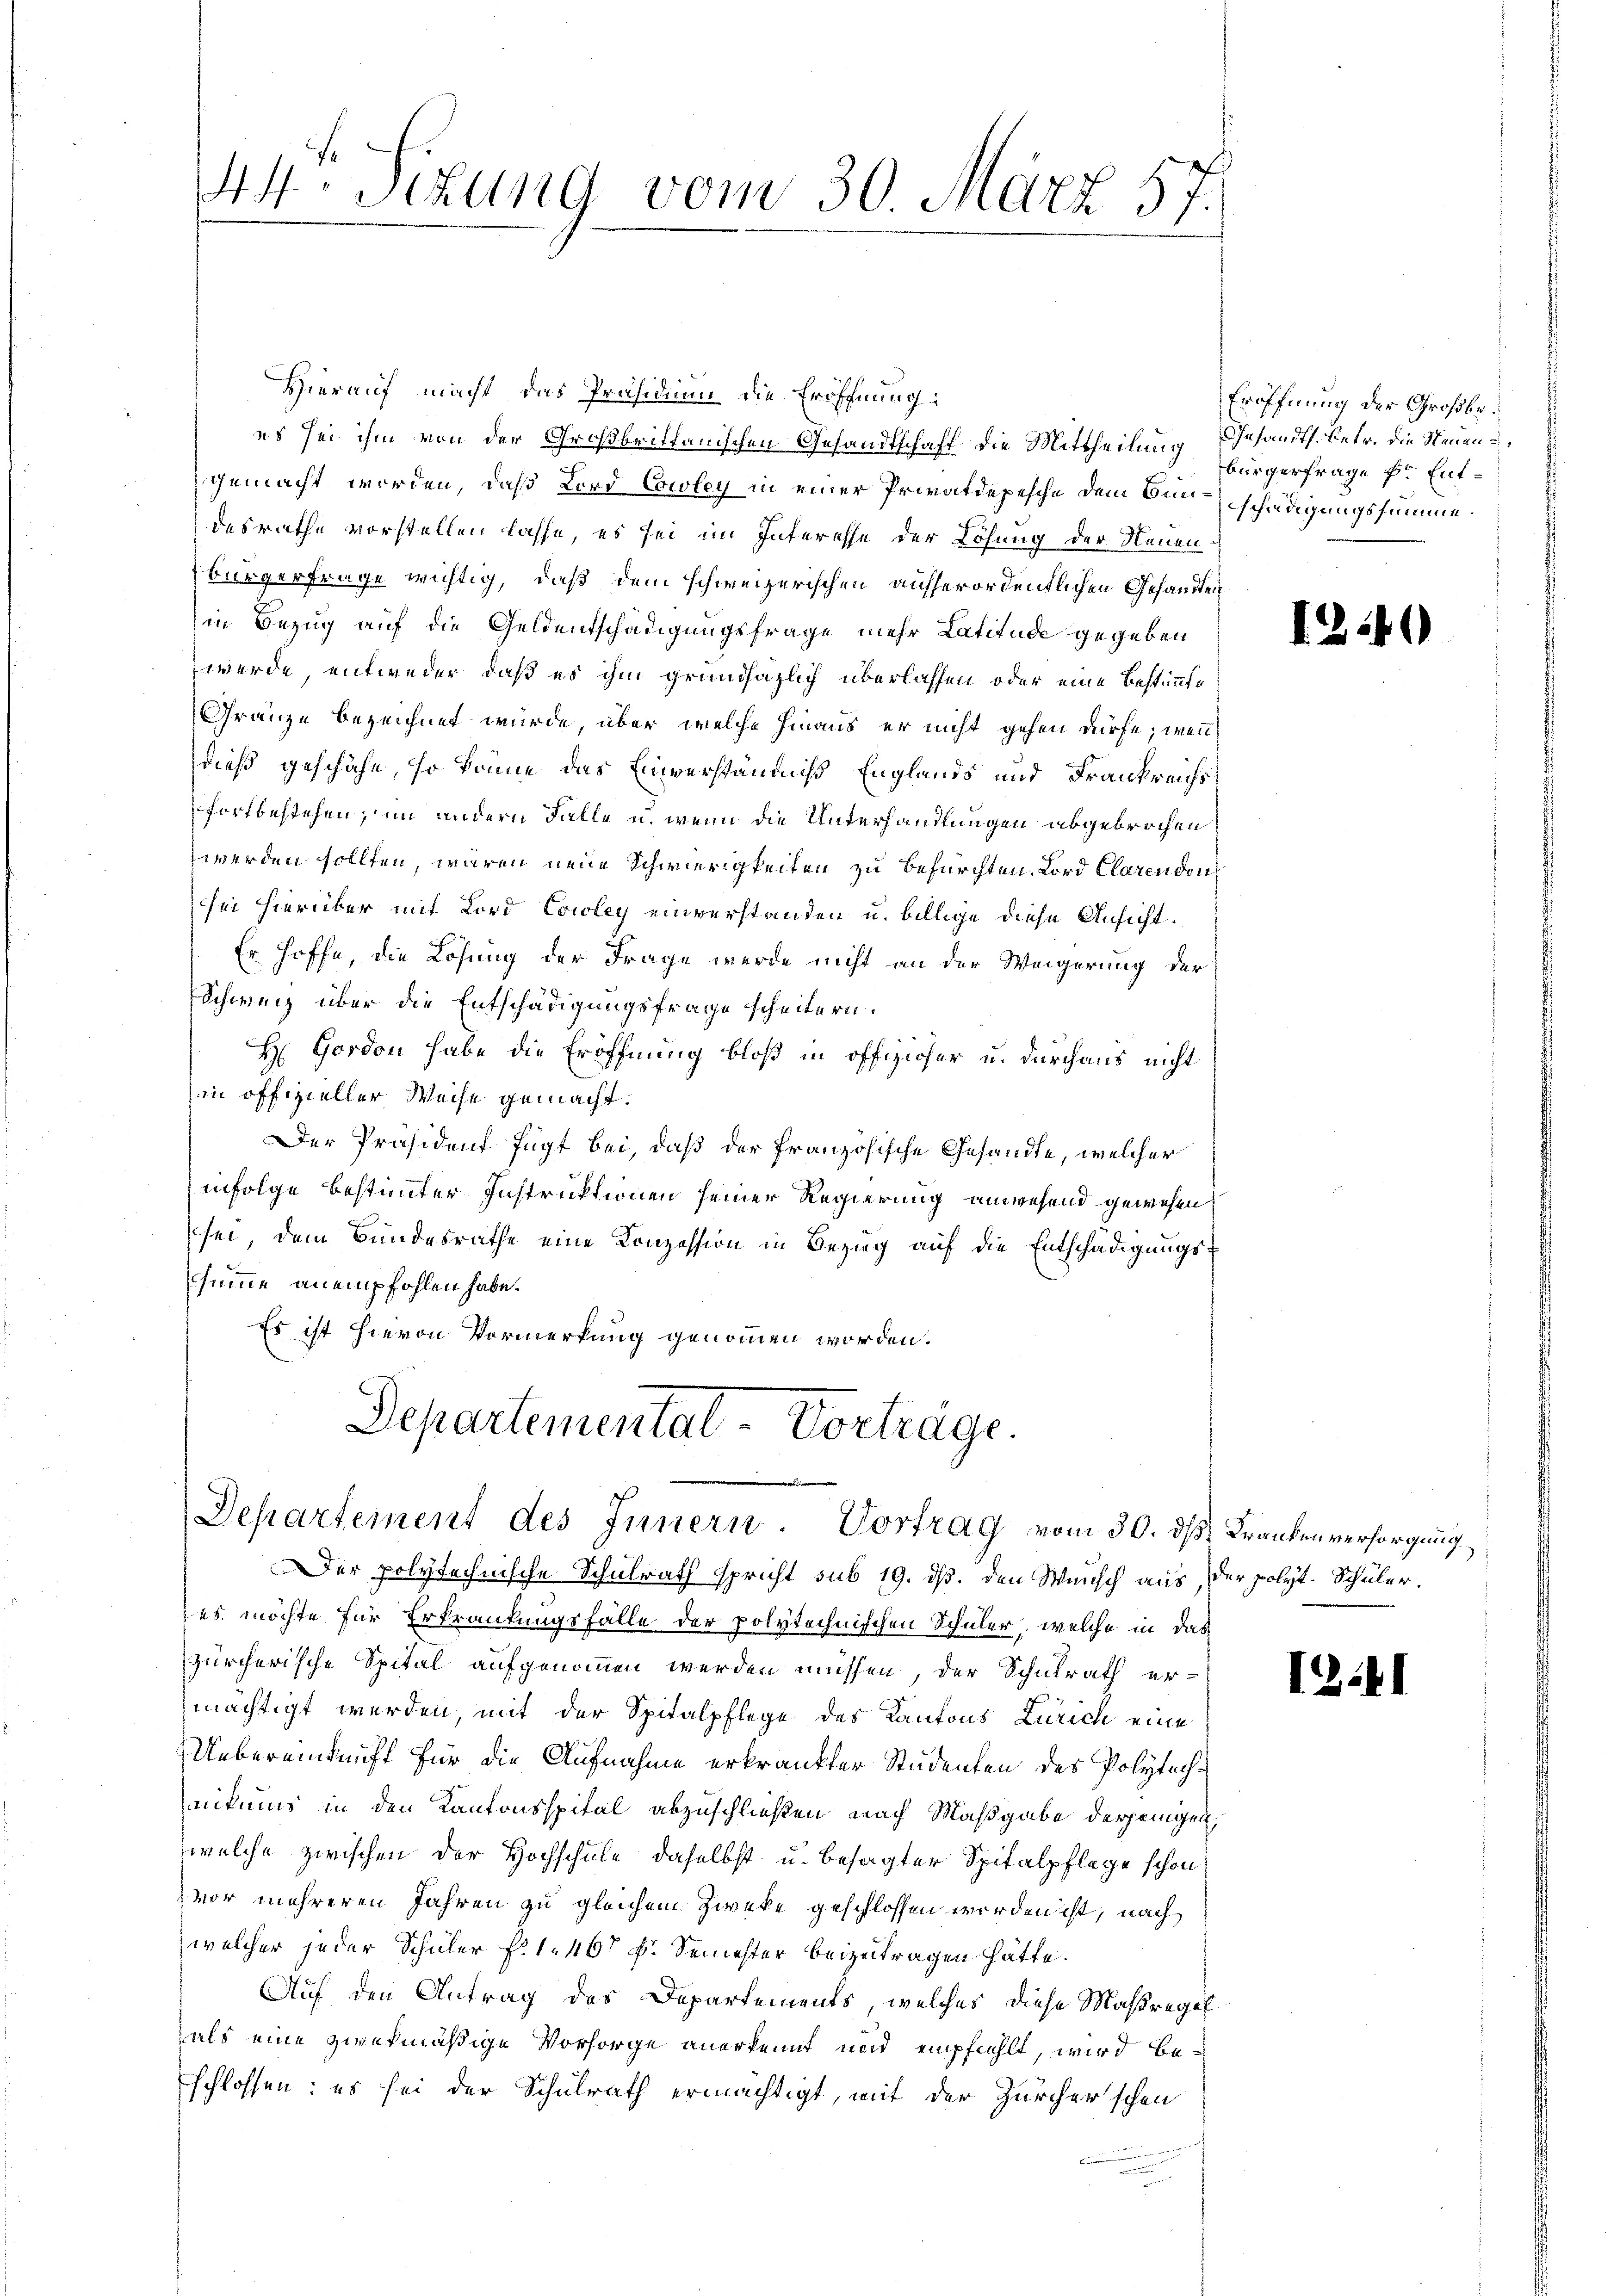
44te Sizung vom 30. März 57.

Hierauf macht, das Präsidium die Eröffnung
es sei ihm von der Großbrittanischen Gesandtschaft die Mittheilung Gesandts. betr. die Neuen u
gemacht worden, daß Lord Cowley in einer Privatdepesche dem Burschädigungssumme.
desrathe vorstellen lasse, es sei im Interesse der Lösung der Neuenbürgerfrage wichtig, daß dem schweizerischen ausserordentlichen Gesandten
in Bezug auf die Geldentschädigungsfrage mehr Latitude gegeben
 werde, entweder, daß es ihm grundsazlich überlassen oder eine Bestimmte
Gränze bezeichnet wurde, aber welche hinaus er nicht gehen dürfe, wenn
dieß geschähe, so könne das Einverständniß Englands und Frankreichsfortbestehen; im andern Falle u. wenn die Unterhandlungen abgebrochen
werden sollten, wären neue Schwierigkeiten zu befürchten. Lord Clarendon
sei hierüber mit Lord Cowley einverstanden u. billige diese Ansicht.
Er hoffe, die Lösung der Frage werde nicht an der Weigerung der
Schweiz über die Entschädigungsfrage scheitern.
H Gordon habe die Eröffnung bloß in offizieher u. durchaus nicht
in offizieller Weise gemacht.
Der Präsident fügt bei, daß der französische Gesandte, welcher
infolge bestimmter Instruktionen seiner Regierung anwesend gewesen,
sei, dem Bundesrathe eine Konzession in Bezieg auf die Entschädigungssumme anempfohlen habe.
Es ist hievon Vormerkung genommen worden.

Der polytechnische Schulrath spricht sub 19. ds. den Wunsch aus der polyt. Schüler.
es möchte für Erkrankungsfälle der polytechnischen Schüler, welche in das
zürcherische Spital aufgenommen werden müssen, der Schulrath ermächtigt werden, mit der Spitalpflege des Kantons Zürich eine
Uebereinkunft für die Aufnahme erkränkter Studenten des Polytechnitums in den Kantonsspital abzuschließen nach Maßgabe derjenigen,
welche zwischen der Hochschule, daselbst u. besagter Spitalpflege schon
vor mehreren Jahren zu gleichem Zwecke geschlossen worden ist, nach
welcher jeder Schüler f. 1. 467 f. Semester beizutragen hätte.
Auf den Antrag des Departements, welches diese Maßregel
als eine zwekmäßige Vorsorge anerkennt und empfiehlt, wird beschlossen: es sei der Schulrath ermächtigt, mit der Zürcher schon

Departemental Vorträge.
.
Departement des Innern Vortrag vom 30. ds Krankenversorgung

Eröffnung der Großbr.
bürgerfrage pr Ent¬

1240

1241